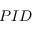
P I D